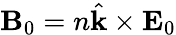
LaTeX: \mathbf{B}_{0}=n\hat{\mathbf{k}}\times\mathbf{E}_{0}